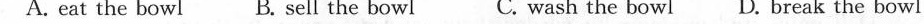
A. eat the bowl B. sell the bowl C. wash the bowl D. Break the bowl